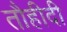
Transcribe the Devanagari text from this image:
तौहीदी